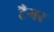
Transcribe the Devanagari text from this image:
टैगर